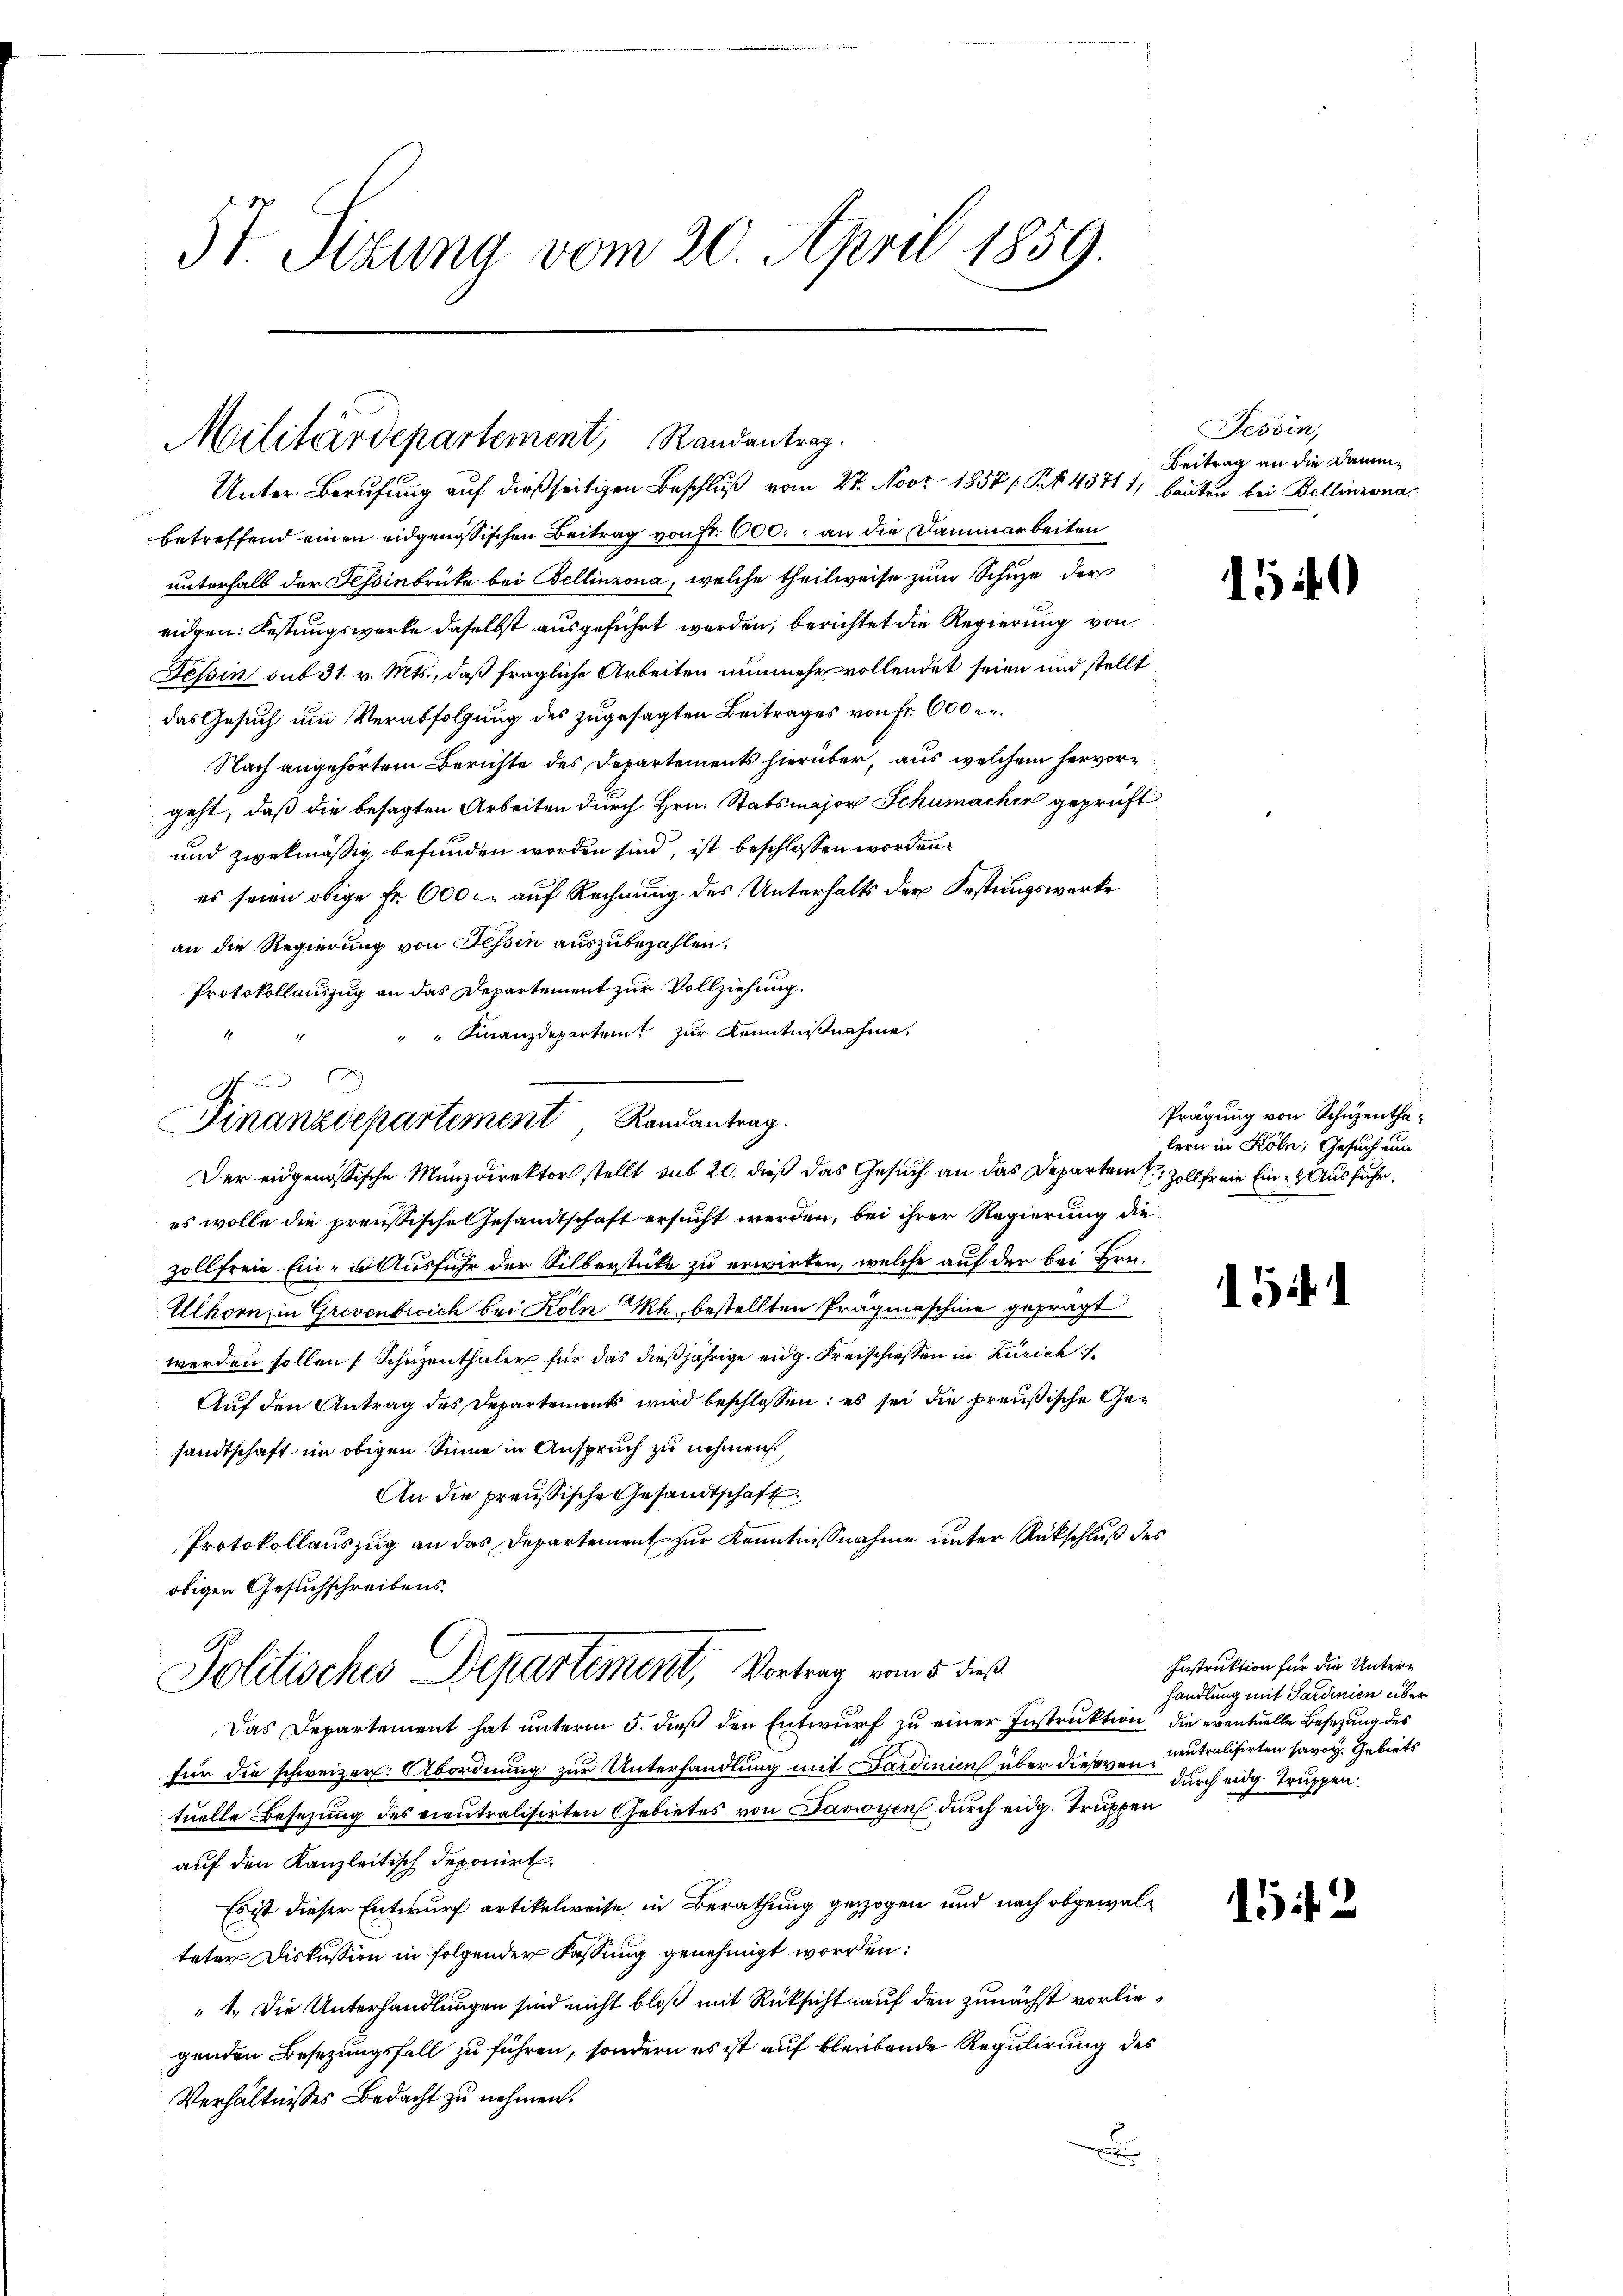
37. Sizung vom 20. April 1859.

Militärdepartement, Randantrag.
Unter Berufung auf dießseitigen Beschluß vom 27. Nobr. 1857 (R. § 43711, Bauten bei Bellinzona

betreffend einen eidgenössischen Beitrag von Fr. 600. an die Dammarbeiten
unterhalb der Fessinbrücke bei Bellinzona, welche theilweise zum Schuze der
eidgen. Festungswerke daselbst ausgeführt werden, berichtet die Regierung von
Tessin sub 31. v. Mts., daß fragliche Arbeiten nunmehr vollendet seien und stellt
das Gesuch um Verabfolgung des zugesagten Beitrages von Fr. 600 er¬
Nach angehörtem Berichte des Departements hierüber, aus welchem hervorgeht, daß die besagten Arbeiten durch Hrn. Stabsmajor Schumacher geprüft
und zwekmäßig befunden worden sind, ist beschlossen worden.
es seien obige Fr. 600 l. auf Rechnung des Unterhalts der Festungswerke
an die Regierung von Tessin auszubezahlen.
Protokollauszug an das Departement zur Vollziehung.
" Finanzdeparten zur Kenntnißnahme,
es wolle die preussische Gesandtschaft ersucht werden, bei ihrer Regierung die
zollfreie Ein- u. Ausfuhr der Silberstüke zu erwirken, welche auf der bei Hrn.
Ulhorn, in Grevenbrich bei Köln h. bestellten Prägmaschine gefragt
werden sollen (Schuzenthaler für das dießjährige eidg. Freischiessen in Zürich¬
Auf den Antrag des Departements wird beschlossen: es sei die preußische Gesandtschaft im obigen Sinne in Anspruch zu nehmen.
An die preußische Gesandtschaft
Protokollauszug an das Departement zur Kenntnißnahme unter Rückschluß des
obigen Gesuchschreibens.
Politisches Departement, Vortrag vom 5. dies
Das Departement hat ŭnterm 5. dieβ den Entwurf zu einer Instruktion die eventuelle Besezung des
für die schweizer: Abordnung zur Unterhandlung mit Sardinien über dieseren Centralisirten savoy. Gebiets
tuelle Besetzung des Lieutralisirten Gebietes von Davoyen durch eidg. Truppen
auf den Kanzleitisch deponirt.
Es ist dieser Entwurf artikelweise in Berathung gezogen und nach obgewalteter Diskussion in folgender Fassung genehmigt worden:
1.) Die Unterhandlungen sind nicht bloß mit Rüksicht auf den zunächst vorliegenden Besezungsfall zu führen, sondern es ist auf bleibende Regulirung des
Verhältnisses Bedacht zu nehmen.
E

Finanzdepartement, Landantrag.
Der eidgenössische Münzdirektor stellt aus 20. dieß das Gesuch an das Departem Zollfreie Ein- & Ausfuhr,

Tessin,
Beitrag an die Dau¬

5

1549

Prägung von Schuzenthalern in Köln, Gesuch um

151

Instruktion für die Unterhandlung mit Sardinien über
durch eidg. Truppen.

152